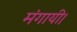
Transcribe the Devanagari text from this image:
मंगायी।